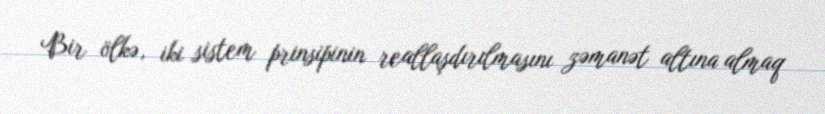
Bir ölkə, iki sistem prinsipinin reallaşdırılmasını zəmanət altına almaq